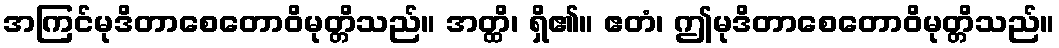
အကြင်မုဒိတာစေတောဝိမုတ္တိသည်။ အတ္ထိ၊ ရှိ၏။ ဧတံ၊ ဤမုဒိတာစေတောဝိမုတ္တိသည်။